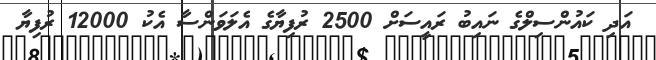
އަދި ކައުންސިލްގެ ނައިބު ރައީސަށް 2500 ރުފިޔާގެ އެލަވަންސާ އެކު 12000 ރުފިޔާ